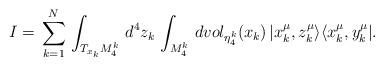
LaTeX: \begin{align*}I=\,\sum^N_{k=1}\,\int_{T_{x_k}M^k_4}\,d^4z_k\,\int_{M^k_4}\,dvol_{\eta^k_4}(x_k)\,|x^\mu_k,z^\mu_k\rangle\langle x^\mu_k,y^\mu_k|.\end{align*}